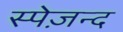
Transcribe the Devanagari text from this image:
स्पेज़न्द